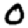
Digit: 0